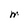
Character: M